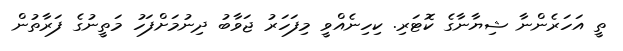
ތީ އަހަރެންނާ ޝިޔާނާގެ ކޮޓަރި. ކިހިނެއްވީ މިފަހަރު ޖަވާބު ދިނުމަށްފަހު މަތީނުގެ ފަރާތުން